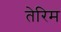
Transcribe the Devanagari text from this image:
तेरिम